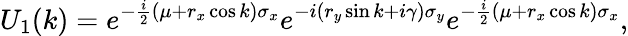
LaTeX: U_{1}(k)=e^{-\frac{i}{2}(\mu+r_{x}\cos k)\sigma_{x}}e^{-i(r_{y}\sin k+i\gamma)\sigma_{y}}e^{-\frac{i}{2}(\mu+r_{x}\cos k)\sigma_{x}},